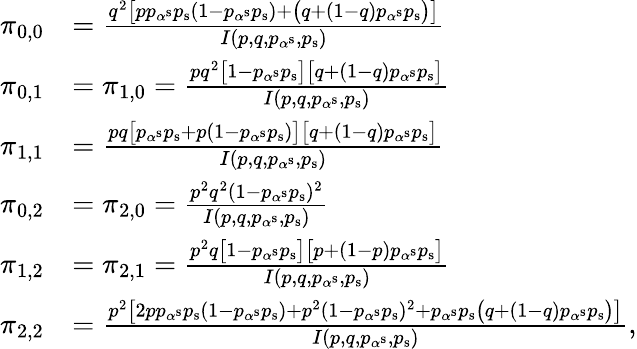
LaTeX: \begin{array}{rl}{\pi_{0,0}}&{=\frac{q^{2}\big[pp_{\alpha^{\mathrm{s}}}p_{\mathrm{s}}(1-p_{\alpha^{\mathrm{s}}}p_{\mathrm{s}})+\big(q+(1-q)p_{\alpha^{\mathrm{s}}}p_{\mathrm{s}}\big)\big]}{I(p,q,p_{\alpha^{\mathrm{s}}},p_{\mathrm{s}})}}\\ {\pi_{0,1}}&{=\pi_{1,0}=\frac{pq^{2}\big[1-p_{\alpha^{\mathrm{s}}}p_{\mathrm{s}}\big]\big[q+(1-q)p_{\alpha^{\mathrm{s}}}p_{\mathrm{s}}\big]}{I(p,q,p_{\alpha^{\mathrm{s}}},p_{\mathrm{s}})}}\\ {\pi_{1,1}}&{=\frac{pq\big[p_{\alpha^{\mathrm{s}}}p_{\mathrm{s}}+p(1-p_{\alpha^{\mathrm{s}}}p_{\mathrm{s}})\big]\big[q+(1-q)p_{\alpha^{\mathrm{s}}}p_{\mathrm{s}}\big]}{I(p,q,p_{\alpha^{\mathrm{s}}},p_{\mathrm{s}})}}\\ {\pi_{0,2}}&{=\pi_{2,0}=\frac{p^{2}q^{2}(1-p_{\alpha^{\mathrm{s}}}p_{\mathrm{s}})^{2}}{I(p,q,p_{\alpha^{\mathrm{s}}},p_{\mathrm{s}})}}\\ {\pi_{1,2}}&{=\pi_{2,1}=\frac{p^{2}q\big[1-p_{\alpha^{\mathrm{s}}}p_{\mathrm{s}}\big]\big[p+(1-p)p_{\alpha^{\mathrm{s}}}p_{\mathrm{s}}\big]}{I(p,q,p_{\alpha^{\mathrm{s}}},p_{\mathrm{s}})}}\\ {\pi_{2,2}}&{=\frac{p^{2}\big[2pp_{\alpha^{\mathrm{s}}}p_{\mathrm{s}}(1-p_{\alpha^{\mathrm{s}}}p_{\mathrm{s}})+p^{2}(1-p_{\alpha^{\mathrm{s}}}p_{\mathrm{s}})^{2}+p_{\alpha^{\mathrm{s}}}p_{\mathrm{s}}\big(q+(1-q)p_{\alpha^{\mathrm{s}}}p_{\mathrm{s}}\big)\big]}{I(p,q,p_{\alpha^{\mathrm{s}}},p_{\mathrm{s}})},}\end{array}